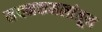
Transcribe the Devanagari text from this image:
नयनकमलांतून